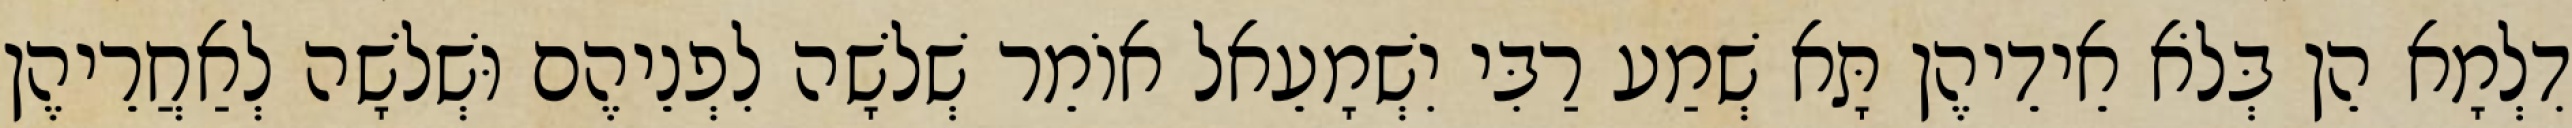
דִלְמָא הֵן בְּלֹא אֵידֵיהֶן תָּא שְׁמַע רַבִּי יִשְׁמָעֵאל אוֹמֵר שְׁלֹשָׁה לִפְנֵיהֶם וּשְׁלֹשָׁה לְאַחֲרֵיהֶן